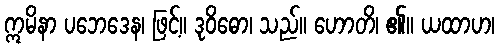
ဣမိနာ ပဘေဒေန၊ ဖြင့်။ ဒုဝိဓော၊ သည်။ ဟောတိ၊ ၏။ ယထာဟ၊